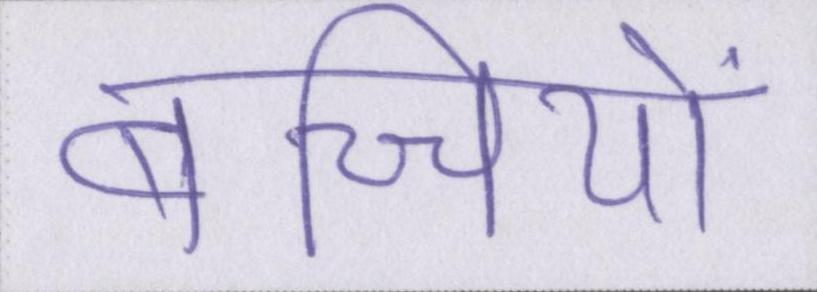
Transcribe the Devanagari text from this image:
बच्चियों